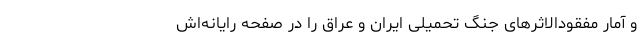
و آمار مفقودالاثرهای جنگ تحمیلی ایران و عراق را در صفحه رایانه‌اش